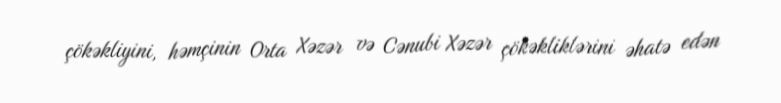
çökəkliyini, həmçinin Orta Xəzər və Cənubi Xəzər çökəkliklərini əhatə edən